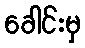
ခေါင်းမှ